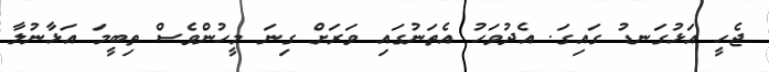
ޖެހީ އަޅުގަނޑު ގައިގަ. އެދުވަހު އެތަނުގައި ވަރަށް ގިނަ މީހުންވެސް ތިބީމަ އަޅާނުލާ